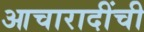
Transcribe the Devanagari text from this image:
आचारादींची